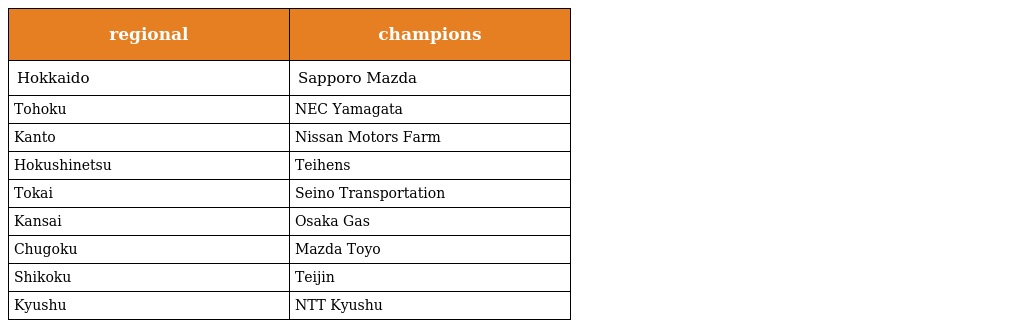
| regional | champions |
 | --- | --- |
 | Hokkaido | Sapporo Mazda |
 | Tohoku | NEC Yamagata |
 | Kanto | Nissan Motors Farm |
 | Hokushinetsu | Teihens |
 | Tokai | Seino Transportation |
 | Kansai | Osaka Gas |
 | Chugoku | Mazda Toyo |
 | Shikoku | Teijin |
 | Kyushu | NTT Kyushu |